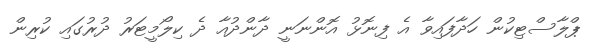
ޕްލާސްޓިކުން ހަދާފައިވާ އެ ފިނޮޅު އޮންނަނީ ދާންދުއާ ދެ ކިލޯމީޓަރު ދުރުގައި ކުރިން